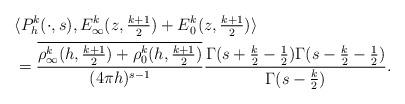
LaTeX: \begin{align*} &\langle P_h^k(\cdot, s), E_\infty^k(z, \tfrac{k+1}{2}) + E_0^k(z, \tfrac{k+1}{2})\rangle \\ &= \frac{\overline{\rho_\infty^k(h, \frac{k+1}{2}) + \rho_0^k(h, \frac{k+1}{2})}}{(4\pi h)^{s-1}} \frac{\Gamma(s + \frac{k}{2} - \frac{1}{2}) \Gamma(s -\frac{k}{2} - \frac{1}{2})}{\Gamma(s - \frac{k}{2})}.\end{align*}